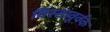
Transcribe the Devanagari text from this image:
विस्तावूर्वक